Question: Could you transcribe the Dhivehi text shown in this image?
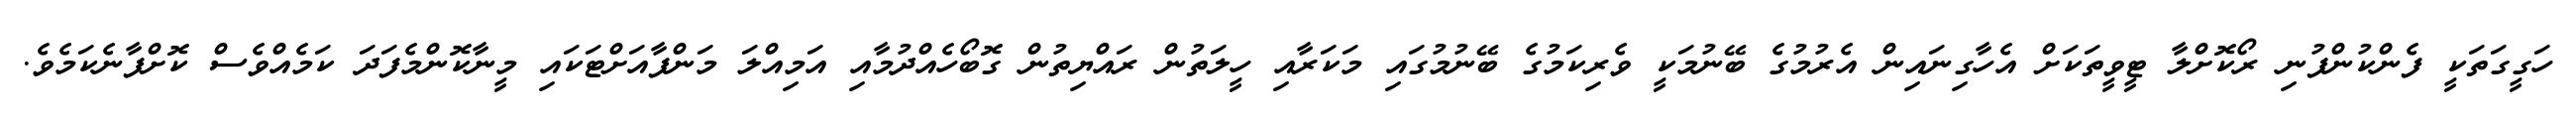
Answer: ހަގީގަތަކީ ފެންކުންފުނި ރޯކޮށްލާ ޓީވީތަކަށް އެހާގިނައިން އެރުމުގެ ބޭނުމަކީ ވެރިކަމުގެ ބޭނުމުގައި މަކަރާއި ހީލަތުން ރައްޔިތުން ގޮބޯހެއްދުމާއި އަމިއްލަ މަންފާއަށްޓަކައި މީނާކޮންމެފަދަ ކަމެއްވެސް ކޮށްފާނެކަމެވެ.